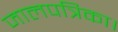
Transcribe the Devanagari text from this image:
जालपत्रिका।